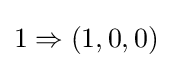
1\Rightarrow (1,0,0)